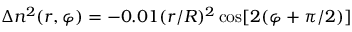
\Delta n ^ { 2 } ( r , \varphi ) = - 0 . 0 1 ( r / R ) ^ { 2 } \cos [ 2 ( \varphi + \pi / 2 ) ]